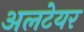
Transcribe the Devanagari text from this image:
अलटेयर